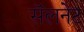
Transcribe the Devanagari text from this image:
सॅलनेट